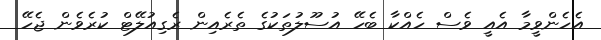
އެހެންވީމާ އެއީ ވެސް ހެއްކާ ބެހޭ އުސޫލުތަކުގެ ތެރެއިން ރެގިއުލޭޓް ކުރެވެން ޖެހޭ